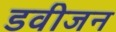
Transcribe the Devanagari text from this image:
डवीजन